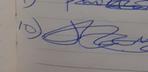
Signature authenticity: genuine